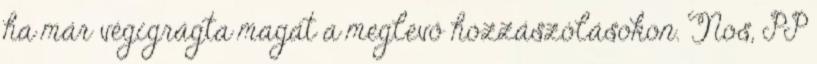
ha már végigrágta magát a meglevő hozzászólásokon. Nos, PP